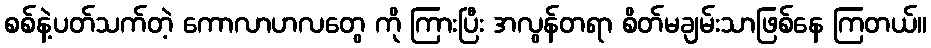
စစ်နဲ့ပတ်သက်တဲ့ ကောလာဟလတွေ ကို ကြားပြီး အလွန်တရာ စိတ်မချမ်းသာဖြစ်နေ ကြတယ်။